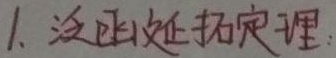
1. 泛函延拓定理.